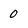
Character: 0